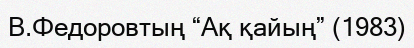
В.Федоровтың “Ақ қайың” (1983)